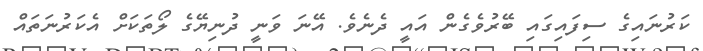
ކަރުނައިގެ ސިފައިގައި ބޭރުވެގެން އައީ ދެނެވެ. އޭނަ ވަނީ ދުނިޔޭގެ ލޯތަކަށް އެކަރުނަތައް